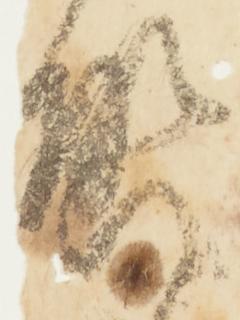
啓